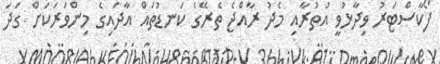
ފޯކާސްޓަރު ވިދާޅުވީ އުތުރާއި މެދު ރާއްޖެ ތެރޭގެ ކަނޑުތައް އާދައިގެ މިންވަރަކަށް ގަދަ